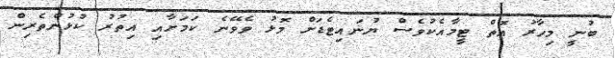
ބުނީ މިހާރު އޮތް ޓީމާއެކުވެސް ޔުނައިޓެޑަށް މޮޅު ވެވޭނެ ކަމަށާއި އިތުރު ކުޅުންތެރިން